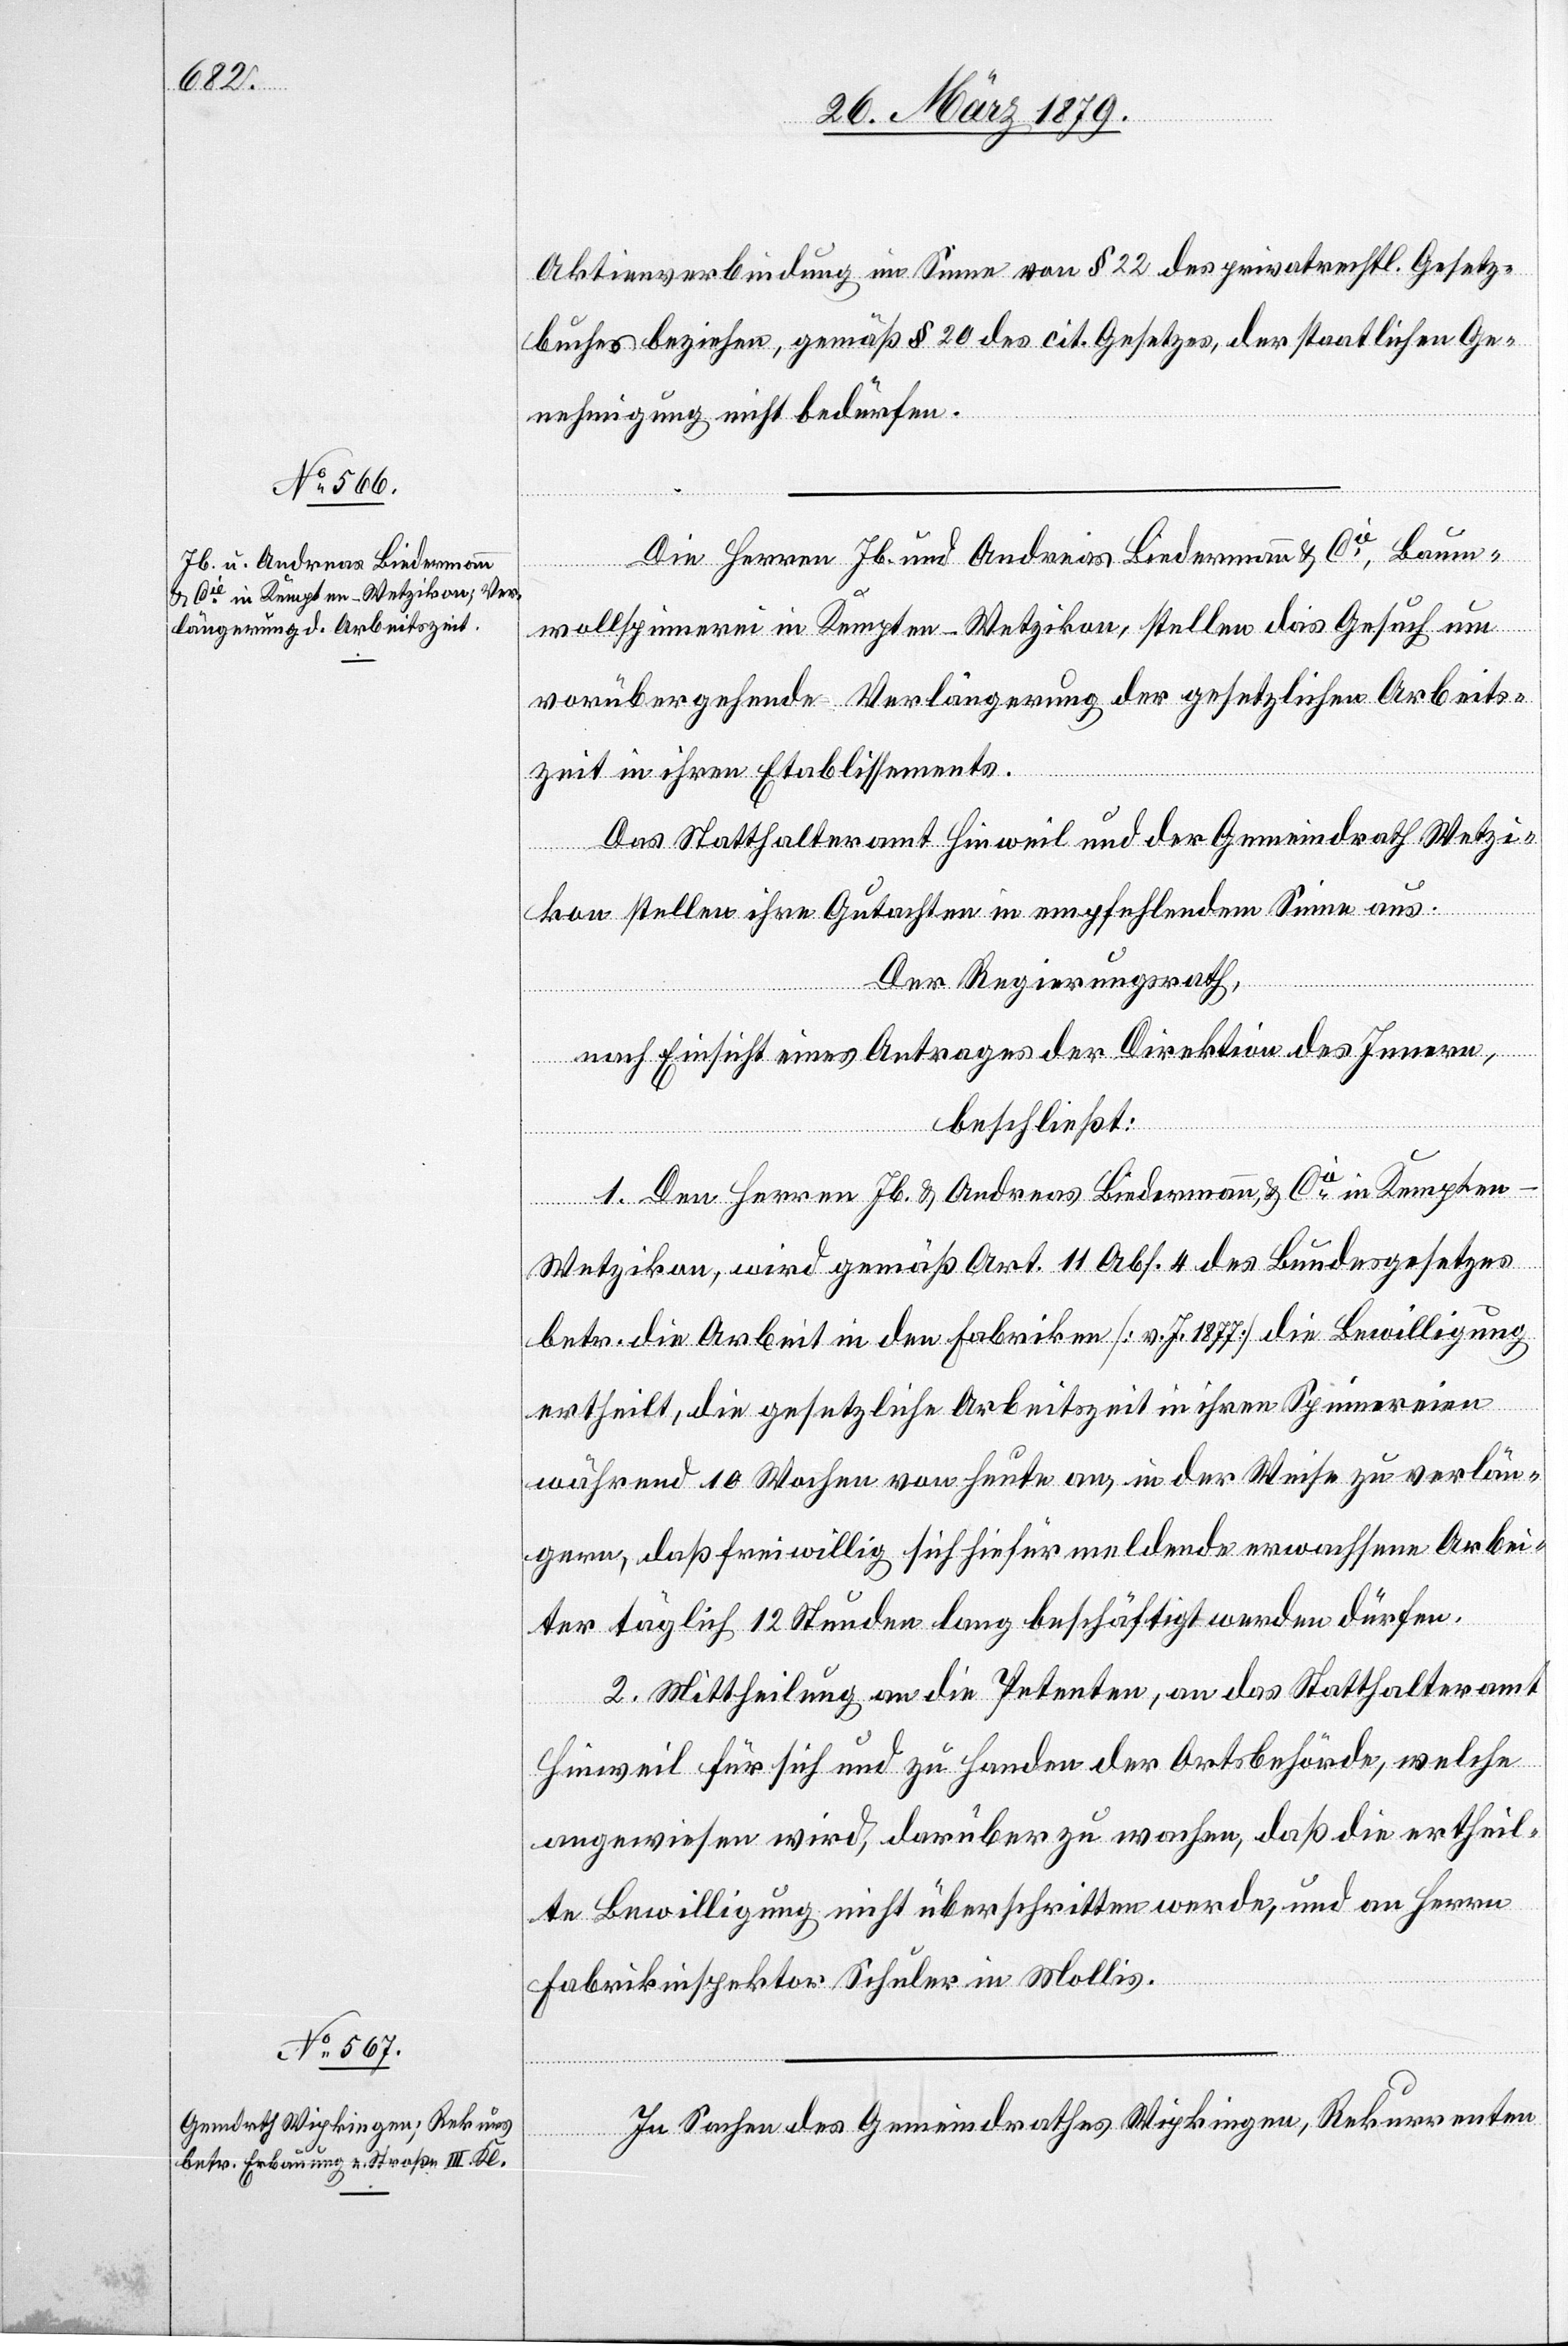
Aktienverbindung im Sinne von § 22 des privatrechtl. Gesetz¬
buches beziehen, gemäß § 20 des cit. Gesetzes, der staatlichen Ge¬
nehmigung nicht bedürfen.
Die Herren Jb. und Andreas Biedermann & Cie, Baum¬
wollspinnerei in Kempten - Wetzikon, stellen das Gesuch um
vorübergehende Verlängerung der gesetzlichen Arbeits¬
zeit in ihren Etablissements.
Das Statthalteramt Hinweil und der Gemeindrath Wetzi¬
kon stellen ihre Gutachten in empfehlendem Sinne aus.
Der Regierungsrath,
nach Einsicht eines Antrages der Direktion des Innern,
beschließt:
1. Den Herren Jb. & Andreas Biedermann, & Cie in Kempten
Wetzikon, wird gemäß Art. 11 Abs. 4 des Bundesgesetzes
betr. die Arbeit in Fabriken [v. J. 1877] die Bewilligung
ertheilt, die gesetzliche Arbeitszeit in ihren Spinnereien
während 10 Wochen von heute an, in der Weise zu verlän¬
gern, daß freiwillig sich hiefür meldende erwachsene Arbei¬
ter täglich 12 Stunden lang beschäftigt werden dürfen.
2. Mittheilung an die Petenten, an das Statthalteramt
Hinweil für sich und zu Handen der Ortsbehörde, welche
angewiesen wird, darüber zu wachen, daß die ertheil¬
te Bewilligung nicht überschritten werde, und an Herrn
Fabrikinspektor Schuler in Mollis.
In Sachen des Gemeindrathes Wipkingen, Rekurrenten